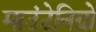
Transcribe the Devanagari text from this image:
माउंटेनिग्रो